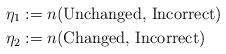
LaTeX: \begin{align*} \eta_1 &:= n(\textrm{Unchanged, Incorrect})\\ \eta_2 &:= n(\textrm{Changed, Incorrect}) \end{align*}